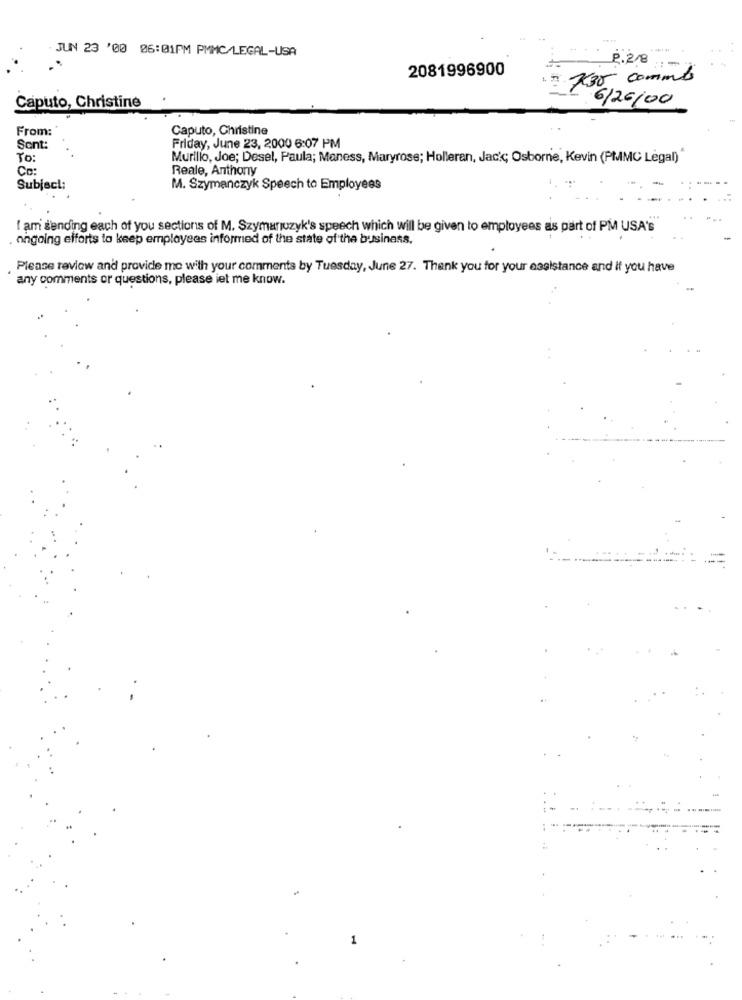
JUN 23 '00 06:01PM PMMC/LEGAL-USA
P.28
2081996900
735 commbs
Caputo, Christine
6/26/00
From:
Caputo, Christine
Sont:
Friday, June 23, 2000 6:07 PM
To:
Murillo, Joe; Desel, Paula; Maness, Maryrose; Holleran, Jacic; Osborne, Kevin (PMMC Legal)
Co:
Reale, Anthony
Subject:
M. Szymanczyk Speech to Employees
I am sending each of you sections of M. Szymanozyk's speech which will be given to employees as part of PM USA'S
. ongoing efforts to keep employees informed of the state of the business.
Please review and provide me with your comments by Tuesday, June 27. Thank you for your assistance and if you have
any comments or questions, please let me know.
1